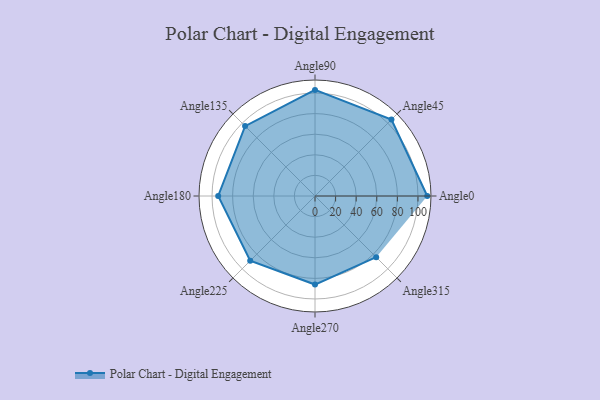
{"axis": {"x": "Angle", "y": "Radius"}, "legend": [""], "data": [{"x": "Angle0", "y": 109.0, "type": ""}, {"x": "Angle45", "y": 105.0, "type": ""}, {"x": "Angle90", "y": 103.0, "type": ""}, {"x": "Angle135", "y": 96.0, "type": ""}, {"x": "Angle180", "y": 94.0, "type": ""}, {"x": "Angle225", "y": 89.0, "type": ""}, {"x": "Angle270", "y": 86.0, "type": ""}, {"x": "Angle315", "y": 84.0, "type": ""}]}